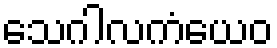
သေဂါလကံယေဝ